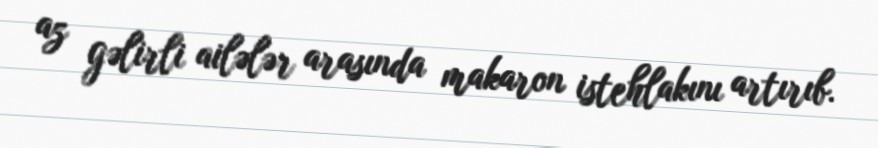
az gəlirli ailələr arasında makaron istehlakını artırıb.